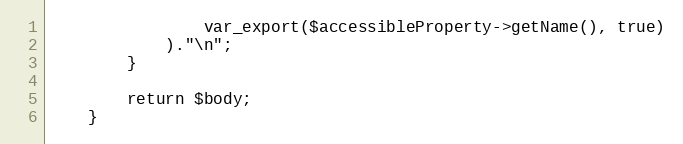
Language: PHP
                var_export($accessibleProperty->getName(), true)
            )."\n";
        }

        return $body;
    }